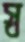
স্ব